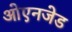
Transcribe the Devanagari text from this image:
ओएनजेड